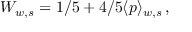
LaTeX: W _ { w , s } = 1 / 5 + 4 / 5 \langle p \rangle _ { w , s } \, ,